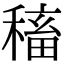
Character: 稸